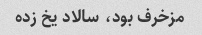
مزخرف بود، سالاد یخ زده